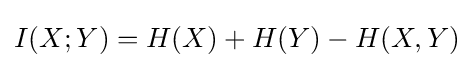
I(X;Y)=H(X)+H(Y)-H(X,Y)